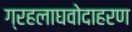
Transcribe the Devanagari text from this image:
ग्रहलाघवोदाहरण